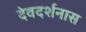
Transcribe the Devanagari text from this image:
देवदर्शनास